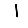
Digit: 1